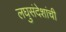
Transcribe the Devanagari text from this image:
लघुसंदेशांची